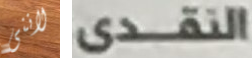
لاننى النقدى